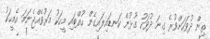
ތިން ދުވަހަށްވުރެ ގިނަ ދުވަހު ގުޅުން ކަނޑައިލައިގެން ހުއްޓައި މީހަކު މަރުވެއްޖެނަމަ އެމީހަކު